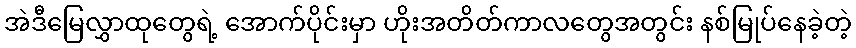
အဲဒီမြေလွှာထုတွေရဲ့ အောက်ပိုင်းမှာ ဟိုးအတိတ်ကာလတွေအတွင်း နစ်မြုပ်နေခဲ့တဲ့